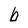
Character: b